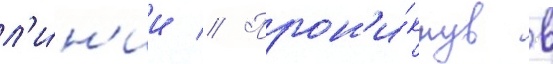
л'и́н'ии // Прон'и́кнув в